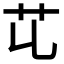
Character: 𦫷